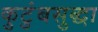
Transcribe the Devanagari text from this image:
कुटुंबसुद्धा